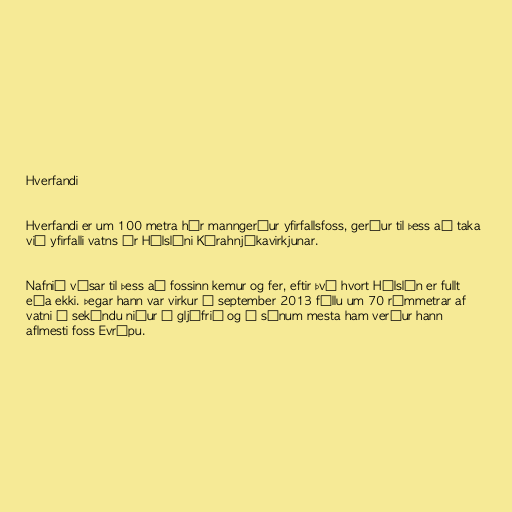
Hverfandi

Hverfandi er um 100 metra hár manngerður yfirfallsfoss, gerður til þess að taka
við yfirfalli vatns úr Hálslóni Kárahnjúkavirkjunar.

Nafnið vísar til þess að fossinn kemur og fer, eftir því hvort Hálslón er fullt
eða ekki. Þegar hann var virkur í september 2013 féllu um 70 rúmmetrar af
vatni á sekúndu niður í gljúfrið og í sínum mesta ham verður hann
aflmesti foss Evrópu.